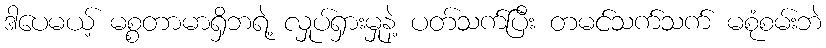
ဒါပေမယ့် မစ္စတာမာရှိဘရဲ့ လှုပ်ရှားမှုနဲ့ ပတ်သက်ပြီး တမင်သက်သက် မစုံစမ်းဘဲ